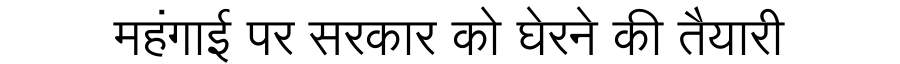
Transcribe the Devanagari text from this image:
महंगाई पर सरकार को घेरने की तैयारी